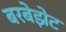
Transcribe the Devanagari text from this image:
बरबेझेट